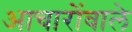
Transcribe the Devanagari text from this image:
आचारोंवाले